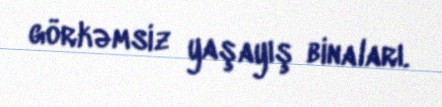
görkəmsiz yaşayış binaları.